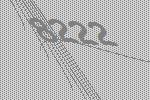
8222